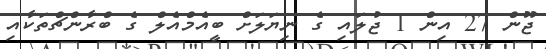
ޖޫން 27 އިން 1 ޖުލައި ގެ ނިޔަލަށް ބީއެމްއެލް ގެ ބްރާންޗްތަކާއި